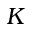
K